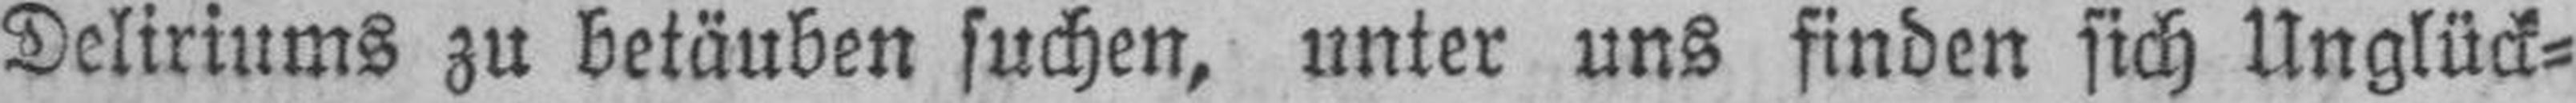
Deliriums zu betäuben suchen, unter uns finden sich Unglück¬